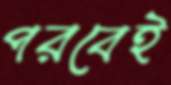
পরবেই